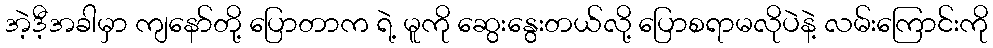
အဲ့ဒီ့အခါမှာ ကျနော်တို့ ပြောတာက ရဲ့ မူကို ဆွေးနွေးတယ်လို့ ပြောစရာမလိုပဲနဲ့ လမ်းကြောင်းကို